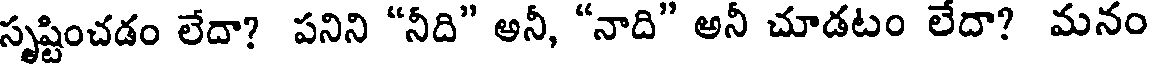
సృష్టించడం లేదా? పనిని "నీది" అనీ, "నాది" అనీ చూడటం లేదా? మనం